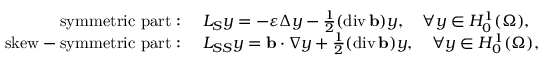
\begin{array} { r l } { \mathrm { s y m m e t r i c ~ p a r t : ~ } } & { L _ { S } y = - \varepsilon \Delta y - \frac { 1 } { 2 } ( \operatorname { d i v } \mathbf { b } ) y , \quad \forall y \in H _ { 0 } ^ { 1 } ( \Omega ) , } \\ { \mathrm { s k e w - s y m m e t r i c ~ p a r t : ~ } } & { L _ { S S } y = \mathbf { b } \cdot \nabla y + \frac { 1 } { 2 } ( \operatorname { d i v } \mathbf { b } ) y , \quad \forall y \in H _ { 0 } ^ { 1 } ( \Omega ) , } \end{array}